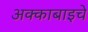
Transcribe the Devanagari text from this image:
अक्काबाइचे